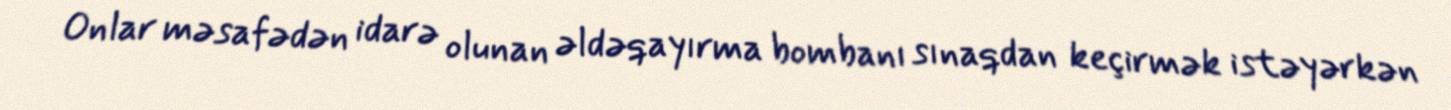
Onlar məsafədən idarə olunan əldəqayırma bombanı sınaqdan keçirmək istəyərkən